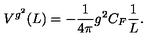
V ^ { g ^ { 2 } } ( L ) = - \frac { 1 } { { 4 \pi } } g ^ { 2 } C _ { F } \frac { 1 } { L } .